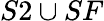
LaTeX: S2\cup SF